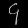
Digit: ၄